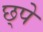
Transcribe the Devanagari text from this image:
छ्पे